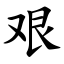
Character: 艰